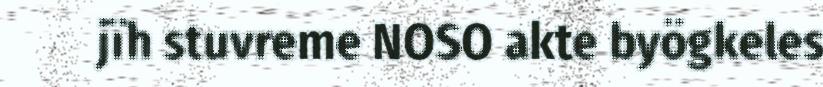
jïh stuvreme NOSO akte byögkeles